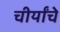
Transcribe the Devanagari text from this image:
चीर्यांचे